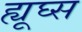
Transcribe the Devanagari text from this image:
ह्यूघ्स